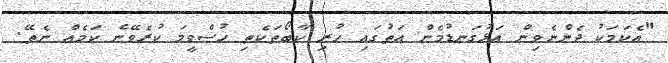
"އެކަމަކު ދެންނެވިން އަޅުގަނޑުމެން އަތުގައި ހުރި ކާބޯތަކެތި ހުސްވީމަ ކުރެވޭނެ ކަމެއް ނެތޭ.